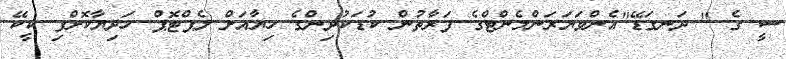
ސީ ގެ " ދަނގަޑޭ"އެންވަޔަރަންމެންޓްގެ ފަރާތުން ކުޑަކުދިންގެ ހިޔާއަށް ލެޕްޓޮޕް ހަދިޔާކޮށްފި ކީކޭ